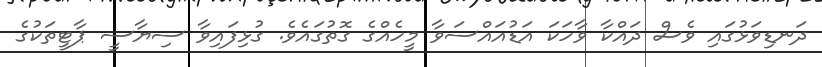
ދަނޑިވަޅުގައި ވެސް ދައްކާ ވާހަކަ އަޑުއައްސަވާ މީހެއްގެ ގޮތުގައެވެ. ގުޅިފައިވާ ސިޔާސީ ޕާޓީތަކުގެ